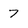
Character: 7